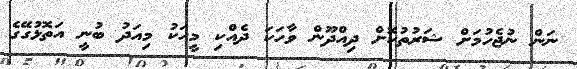
ނަން ނުޖެހުމަށް ޝަރުތުކޮށް ދިއްދޫން ވާހަކަ ދެއްކި މީހަކު މިއަދު ބުނީ އަތޮޅުގޭގެ